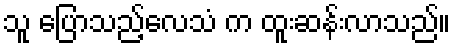
သူ ပြောသည့်လေသံ က ထူးဆန်းလာသည်။